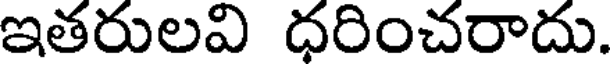
ఇతరులవి ధరించరాదు.